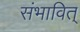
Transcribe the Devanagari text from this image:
संभावित्